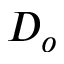
D _ { o }